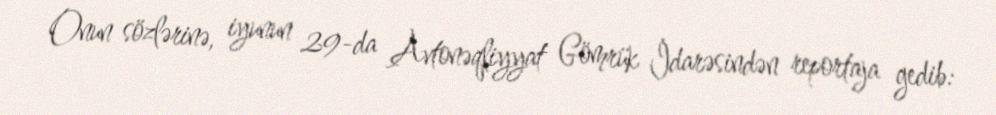
Onun sözlərinə, iyunun 29-da Avtonəqliyyat Gömrük İdarəsindən reportaja gedib: